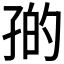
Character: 𪦼